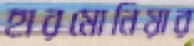
হারমোনিয়ার